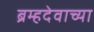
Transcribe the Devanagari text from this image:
ब्रम्हदेवाच्या